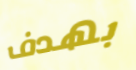
بهدف